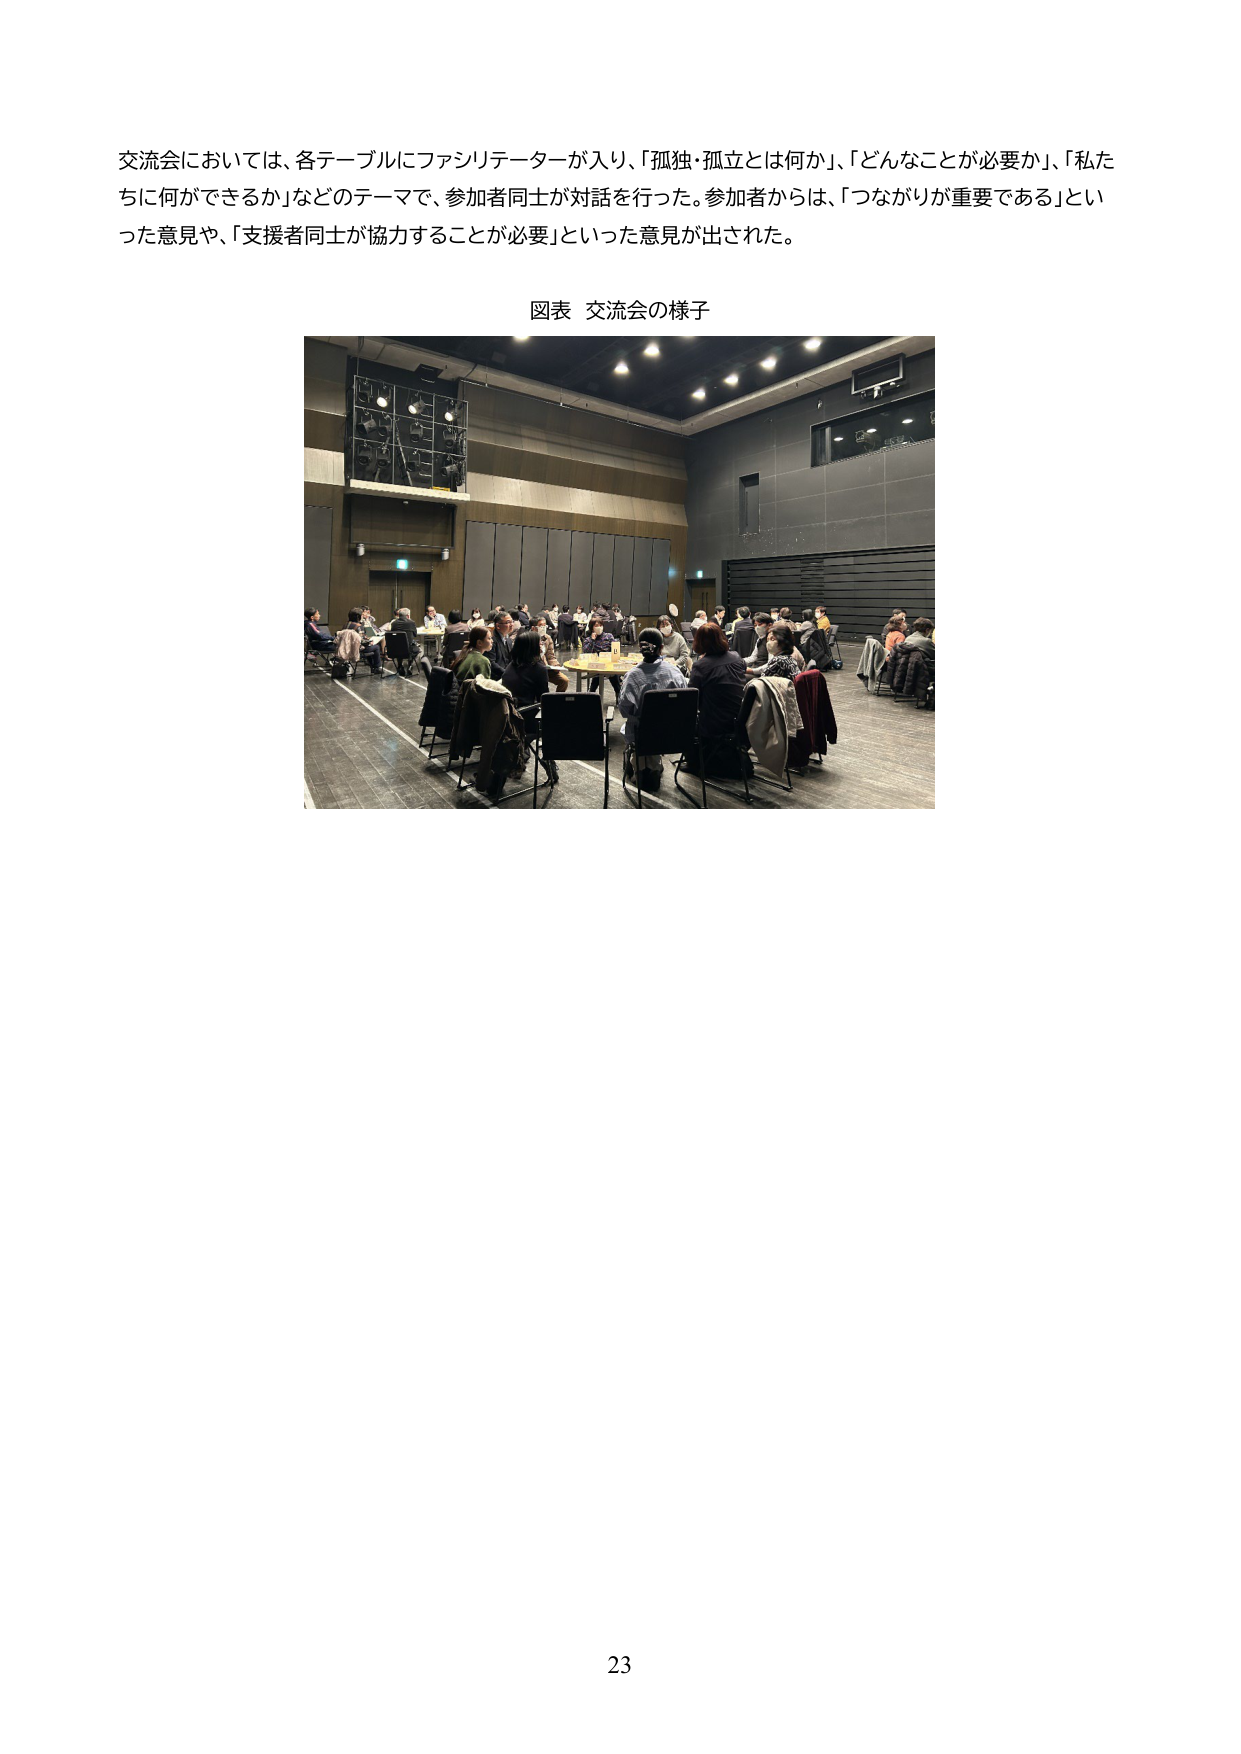
交流会においては、各テーブルにファシリテーターが入り、「孤独・孤立とは何か」、「どんなことが必要か」、「私たちに何ができるか」などのテーマで、参加者同士が対話を行った。参加者からは、「つながりが重要である」といった意見や、「支援者同士が協力することが必要」といった意見が出された。

図表 交流会の様子

23